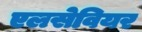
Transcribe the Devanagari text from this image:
एलसेवियर